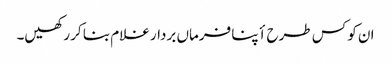
ان کو کس طرح أپنا فرماں بردار غلام بنا کر رکھیں۔